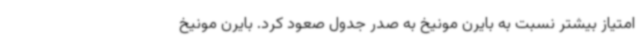
امتیاز بیشتر نسبت به بایرن مونیخ به صدر جدول صعود کرد. بایرن مونیخ